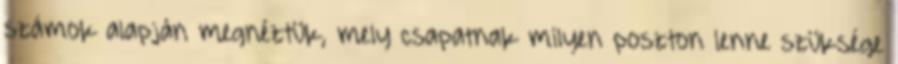
számok alapján megnéztük, mely csapatnak milyen poszton lenne szüksége